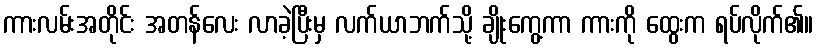
ကားလမ်းအတိုင်း အတန်လေး လာခဲ့ပြီးမှ လက်ယာဘက်သို့ ချိုးကွေ့ကာ ကားကို ထွေးက ရပ်လိုက်၏။